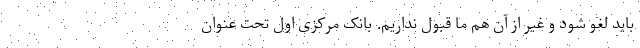
باید لغو شود و غیر از آن هم ما قبول نداریم. بانک مرکزی اول تحت عنوان